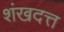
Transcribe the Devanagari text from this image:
शंखदत्त